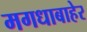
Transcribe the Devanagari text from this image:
मगधाबाहेर